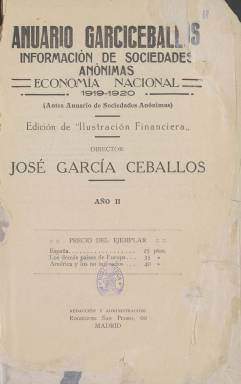
Título: Anuario Garciceballos
Otros títulos: Anuario de sociedades anónimas
Colección: Economía || Anuarios e informes
Ámbito geográfico: Madrid
Lugar de publicación: Madrid
Fechas: 01/01/1919-31/12/1923

Esta publicación anual dedicada a dar información de las sociedades anónimas en España era editada en Madrid por la empresa editora de la revista la Ilustración Financiera, que a su vez acabó convirtiéndose en un suplemento del periódico El Financiero, todos ellos propiedad de José García Ceballos Teresí, quien también era su director. El Anuario hace honor a los apellidos de quien fue uno de los mayores escritores y periodistas de temas económicos de la primera mitad del siglo XX.

El Anuario tuvo una vida corta, aunque en la colección de la BNE faltan el primer número, correspondiente a 1918, que llevaba por título Anuario de Sociedades Anónimas, y el tercero. García Ceballos era tan conocido en el mundo de la empresa y las finanzas que a partir del segundo número El Anuario llevaba ya sus apellidos.

  Cada uno de los tres números en posesión de la Biblioteca Nacional (el último es el de 1922 y no parece que hubiera más) tiene una enorme cantidad de páginas. Más de 2.000 los primeros y casi 1800 el último. Ello se debe a la exhaustiva información que proporciona respecto al entramado empresarial español, lo que hace de esta publicación un instrumento de enorme valor a efectos estadísticos e históricos. Además hay que tener en cuenta el elevado números de páginas enteras de publicidad con que contaba.

   El Anuario hacía un resumen de los acontecimientos más destacados del año desde el punto de vista económico y financiero, tanto en España como en el mundo, aunque lógicamente se centraba en los sectores de la producción nacional y su evolución, con información acompañada de numerosos cuadros y tablas que ayudaban a la comprensión de las magnitudes económicas.

  Después el anuario se centraba en lo que llamaba el ‘Nomenclator’, esto es, la relación de sociedades anónimas que operaban en España. La relación va ordenada por orden alfabético y se puede ver una descripción sucinta de cada empresa, con su domicilio social, fecha de constitución, capital, objeto, incluso información sobre beneficios y dividendos y altos cargos de la sociedad. En algunas de ellas incluso se proporciona su número de teléfono y datos de interés. Por ejemplo, de la empresa Aceros de Elorrieta, con domicilio en Deusto (Bilbao), se dice que en sus talleres se emplean cien obreros que funden al mes unas 50 toneladas de acero.

  La publicación se cierra con un voluminoso índice por provincias de todas las sociedades así como otro de los anunciantes de la publicación.

   Garcia Ceballos es considerado junto con Emilio Riu y Periquet, también propietario y director de publicaciones económico-financieras, uno de los iniciadores del periodismo especializado en estos temas en España. De ideario conservador, católico y monárquico, apoyó sin embargo el régimen republicano a partir de 1931, aunque al comienzo de la Guerra Civil en 1936 murió asesinado.

José García Ceballos Teresí fue un prolífico autor de libros de temática económica y monetaria. Para hacerse una idea de su abundante producción basta con consultar el catálogo de la BNE, en el que se ven títulos como Historia Económica Financiera y Política de España en el siglo XX, en ocho tomos (1932); Libro del Ahorro, Las Cajas de Ahorros Benéficas de España (1929); Política y Economía, temas del momento (1934) con una fotografía del autor en portada; o Primo de Rivera, el providencialismo místico, con artículos publicados por el periódico El Financiero.

[Descripción publicada el 17/08/2022]